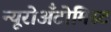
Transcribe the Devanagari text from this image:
न्यूरोअँटोमिस्ट